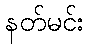
နတ်မင်း